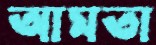
আমতা